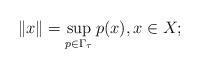
LaTeX: \begin{align*}\|x\|=\sup_{p\in\Gamma_{\tau}} p(x), x\in X;\end{align*}